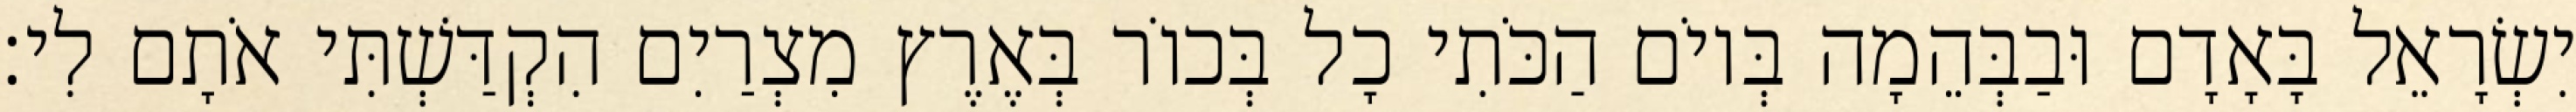
יִשְׂרָאֵל בָּאָדָם וּבַבְּהֵמָה בְּיוֹם הַכֹּתִי כָל בְּכוֹר בְּאֶרֶץ מִצְרַיִם הִקְדַּשְׁתִּי אֹתָם לִי׃